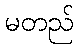
မတည်